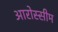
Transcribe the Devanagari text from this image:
आरोस्सीम